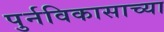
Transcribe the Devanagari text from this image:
पुर्नविकासाच्या